Annual report on the working of the mental hospitals in the Madras Presidency - 1912-1932
Year: 1912
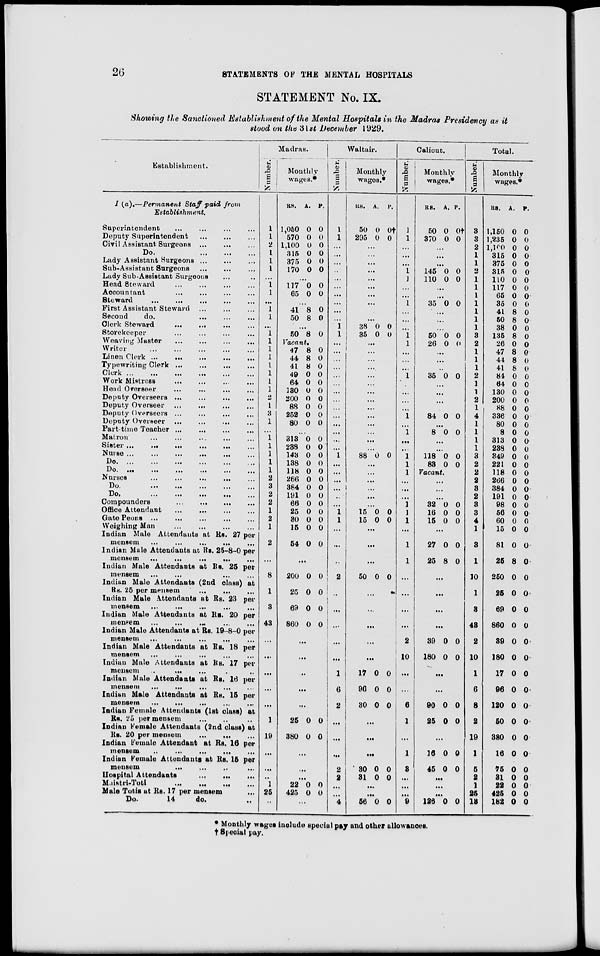
26
STATEMENTS OF THE MENTAL HOSPITALS
STATEMENT No. IX.
Showing the Sanctioned Establishment of the Mental Hospitals in the Madras Presidency as it
stood on the 31st December 1929.
Establishment.
I (a).—Permanent Staff paid from
Establishment.
Superintendent ... ... ... ...
Deputy Superintendent ... ... ...
Civil Assistant Surgeons ... ... ...
Do.
...
...
...
Lady Assistant Surgeons ... ... ...
Sub-Assistant Surgeons
...
...
...
Lady Sub-Assistant Surgeons ... ...
Head Steward ... ... ... ...
Accountant ... ... ... ...
Steward
...
...
...
...
...
First Assistant Steward ... ... ...
Second do. ... ... ...
Clerk Steward ... ... ... ...
Storekeeper ... ... ... ...
Weaving Master
...
...
...
...
Writer ... ... ... ... ...
Linen Clerk ...
...
...
...
...
Typewriting Clerk ...
...
...
...
Clerk ...
...
...
...
...
...
Work Mistress
... ... ... ...
Head Overseer ... ... ... ...
Deputy Overseers
...
...
...
...
Deputy Overseer
...
... ... ...
Deputy Overseers ... ... ... ...
Deputy Overseer ...
...
... ...
Part-time Teacher ...
... ... ...
Matron ... ... ... ... ...
Sister ...
...
...
...
... ...
Nurses
...
...
...
...
...
Do.
...
...
...
...
...
...
Do. ...
...
... ... ... ...
Nurses
...
...
...
... ...
Do.
...
... ... ... ...
Do.
...
...
...
...
...
Compounders
...
...
...
...
Office Attendant
...
...
...
...
Gate Peons ... ... ... ... ...
Weighing Man
...
...
...
...
Indian Male Attendants at RS. 27 per
mensem
...
...
...
... ...
Indian Male Attendants at Rs. 25-8-0 per
mensem
...
...
...
...
...
Indian Male Attendants at Rs. 25 per
mensem ... ... ... ...
Indian Male Attendants (2nd class) at
Rs. 25 per mensem
...
... ...
Indian Male Attendants at Rs. 23 per
mensem
...
... ... ... ...
Indian Male Attendants at Rs. 20 per
mensem
...
...
...
...
...
Indian Male Attendants at Rs. 19-8-0 per
mensem
...
...
...
...
...
Indian Male Attendants at Rs. 18 per
mensem ... ... ... ... ...
Indian Male Attendants at Rs. 17 per
mensem ... ... ... ... ...
Indian Male Attendants at Rs. 16 per
mensem ... ... ... ... ...
Indian Male Attendants at Rs. 15 per
mensem
...
... ... ... ...
Indian Female Attendants (1st class) at
Rs. 25 per mensem ... ... ...
Indian Female Attendants (2nd class) at
Rs. 20 per mensem
...
...
...
Indian Female Attendant at Rs. 16 per
mensem
...
...
...
...
...
Indian Female Attendants at Rs. 15 per
mensem
... ... ... ...
Hospital Attendants
...
...
...
Maistri-Toti
...
...
...
...
Male Totis at Rs. 17 per mensem
...
Do.
14
do. ...
Number.
Number.
1
1
2
1
1
1
...
1
1
...
1
1
...
1
1
1
1
1
1
1
1
2
1
3
1
...
1
1
1
1
1
2
3
2
2
1
2
1
2
...
8
1
3
43
...
...
...
...
...
1
19
...
...
...
1
25
...
Monthly
wages.*
RS.
1,050
570
1,100
315
375
170
A.
0
0
0
0
0
0
P.
0
0
0
0
0
0
...
117
65
0
0
0
0
...
41
50
8
8
0
0
...
50 8 0
Vacant.
47
44
41
49
64
130
200
88
252
80
8
8
8
0
0
0
0
0
0
0
0
0
0
0
0
0
0
0
0
0
...
313
238
143
138
118
266
384
191
66
25
30
15
54
0
0
0
0
0
0
0
0
0
0
0
0
0
0
0
0
0
0
0
0
0
0
0
0
0
0
...
200
25
69
860
0
0
0
0
0
0
0
0
...
...
...
...
...
25
380
0
0
0
0
...
...
...
22
425
0
0
0
0
...
Waltair.
Number.
1
1
...
...
...
...
...
...
...
...
...
...
1
1
...
...
...
...
...
...
...
...
...
...
...
...
...
...
1
...
...
...
...
...
...
1
1
...
...
...
2
...
...
...
...
...
1
6
2
...
...
...
2
2
...
...
4
Monthly
wages.*
RS.
50
295
A.
0
0
P.
0†
0
...
...
...
...
...
...
...
...
...
...
38
35
0
0
0
0
...
...
...
...
...
...
...
...
...
...
...
...
...
...
88 0 0
...
...
...
...
...
...
15
15
0
0
0
0
...
...
...
50 0 0
...
...
...
...
...
17
96
30
0
0
0
0
0
0
...
...
...
30
31
0
0
0
0
...
...
56 0 0
Calicut.
Number.
1
1
...
...
...
1
1
...
...
1
...
...
...
1
1
...
...
...
1
...
...
...
...
1
...
1
...
...
1
1
1
...
...
...
1
1
1
...
1
1
...
...
...
...
2
10
...
...
6
1
...
1
3
...
...
...
9
Monthly
wages.*
RS.
50
370
A.
0
0
P.
0†
0
...
...
...
145
110
0
0
0
0
...
...
35 0 0
...
...
...
50
26
0
0
0
0
...
...
...
35 0 0
...
...
...
...
84 0 0
...
8 0 0
...
...
118
83
0
0
0
0
Vacant.
...
...
...
32
16
15
0
0
0
0
0
0
...
27
25
0
8
0
0
...
...
...
...
39
180
0
0
0
0
...
...
90
25
0
0
0
0
...
16
45
0
0
0
0
...
...
...
126 0 0
Total.
Number.
3
3
2
1
1
2
1
1
1
1
1
1
1
3
2
1
1
1
2
1
1
2
1
4
1
1
1
1
3
2
2
2
3
2
3
3
4
1
3
1
10
1
3
43
2
10
1
6
8
2
19
1
5
2
1
25
13
Monthly
wages.*
RS.
1,150
1,235
1,100
315
375
315
110
117
65
35
41
50
38
135
26
47
44
41
84
64
130
200
88
336
80
8
313
238
349
221
118
266
384
191
98
56
60
15
81
25
250
25
69
860
39
180
17
96
120
50
380
16
75
31
22
425
182
A.
0
0
0
0
0
0
0
0
0
0
8
8
0
8
0
8
8
8
0
0
0
0
0
0
0
0
0
0
0
0
0
0
0
0
0
0
0
0
0
8
0
0
0
0
0
0
0
0
0
0
0
0
0
0
0
0
0
P.
0
0
0
0
0
0
0
0
0
0
0
0
0
0
0
0
0
0
0
0
0
0
0
0
0
0
0
0
0
0
0
0
0
0
0
0
0
0
0
0
0
0
0
0
0
0
0
0
0
0
0
0
0
0
0
0
0
* Monthly wages include special pay and other allowances.
† Special pay.